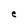
Character: e